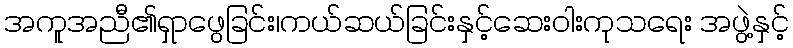
အကူအညီ၏ရှာဖွေခြင်း၊ကယ်ဆယ်ခြင်းနှင့်ဆေးဝါးကုသရေး အဖွဲ့နှင့်